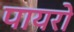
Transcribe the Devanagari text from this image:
पायरो